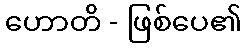
ဟောတိ - ဖြစ်ပေ၏